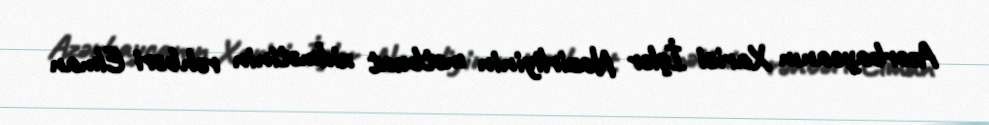
Azərbaycanın Xarici İşlər Nazirliyinin mətbuat xidmətinin rəhbəri Elman